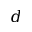
d